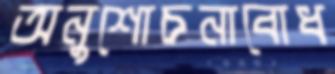
অনুশোচনাবোধ